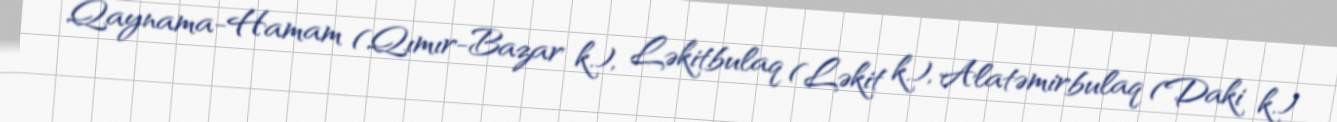
Qaynama-Hamam (Qımır-Bazar k.), Ləkitbulaq (Ləkit k.), Alatəmirbulaq (Daki k.)